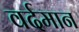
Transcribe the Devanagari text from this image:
वर्दमान